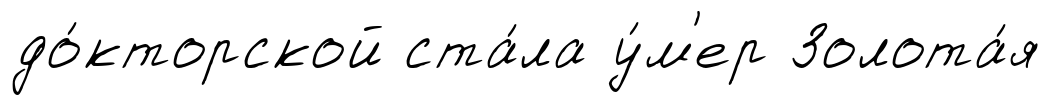
до́кторской ста́ла у́м'ер Золота́я